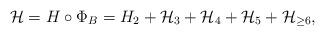
LaTeX: \begin{align*}\mathcal{H}=H\circ \Phi_B=H_2+\mathcal{H}_3+\mathcal{H}_4+\mathcal{H}_5+\mathcal{H}_{\geq 6},\end{align*}